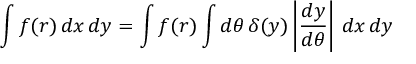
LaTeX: \int f ( r ) \, d x \, d y = \int f ( r ) \int d \theta \, \delta ( y ) \left| { \frac { d y } { d \theta } } \right| \, d x \, d y